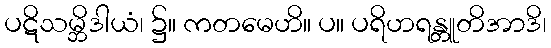
ပဋိသမ္ဘိဒါယံ၊ ၌။ ကတမေဟိ။ ပ။ ပရိဟရန္တူတိအာဒိ၊